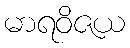
မာရဝိဇယ